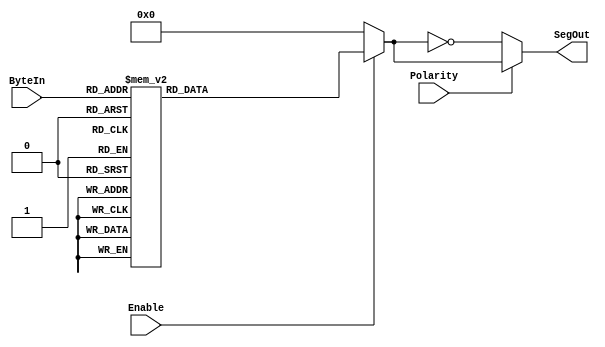
module FourToSeven (
    ByteIn,
    Enable,
    Polarity,
    SegOut
);
input [3:0] ByteIn;
input Enable;
input Polarity;
output [6:0] SegOut;
reg [6:0] SegOut;
always @(Polarity, ByteIn, Enable) begin: FOURTOSEVEN_COMB
    reg [7-1:0] SegBuf;
    SegBuf = 7'h0;
    if ((Enable == 1)) begin
        case (ByteIn)
            0: SegBuf = 63;
            1: SegBuf = 6;
            2: SegBuf = 91;
            3: SegBuf = 79;
            4: SegBuf = 102;
            5: SegBuf = 109;
            6: SegBuf = 125;
            7: SegBuf = 7;
            8: SegBuf = 127;
            9: SegBuf = 111;
            10: SegBuf = 119;
            11: SegBuf = 124;
            12: SegBuf = 57;
            13: SegBuf = 94;
            14: SegBuf = 121;
            default: SegBuf = 113;
        endcase
    end
    if ((Polarity == 0)) begin
        SegBuf = (~SegBuf);
    end
    SegOut = SegBuf;
end
endmodule